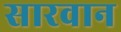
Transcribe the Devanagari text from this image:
सारवान